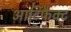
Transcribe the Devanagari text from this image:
आर्टिफैक्ट